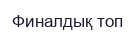
Финалдық топ